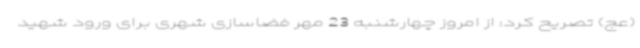
(عج) تصریح کرد: از امروز چهارشنبه 23 مهر فضاسازی شهری برای ورود شهید